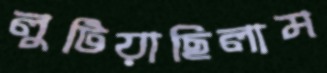
লুটিয়াছিলাম